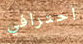
احترافي